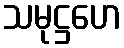
သမုဋ္ဌဟေ